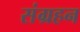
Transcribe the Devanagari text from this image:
संग्रहन